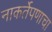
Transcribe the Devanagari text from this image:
नाकर्तेपणाचा